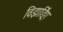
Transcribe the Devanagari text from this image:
विझार्ड्रिंग